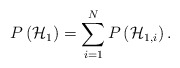
\begin{align*}P\left( { \mathcal{H} }_{ 1 } \right) = \sum_{i = 1}^{N} P\left( { \mathcal{H} }_{ 1,i } \right). \end{align*}